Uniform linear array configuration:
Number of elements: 32
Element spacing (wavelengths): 0.25
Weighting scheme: cosine
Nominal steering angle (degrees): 60
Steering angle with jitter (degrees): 58.939
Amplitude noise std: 0.05
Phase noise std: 0.05

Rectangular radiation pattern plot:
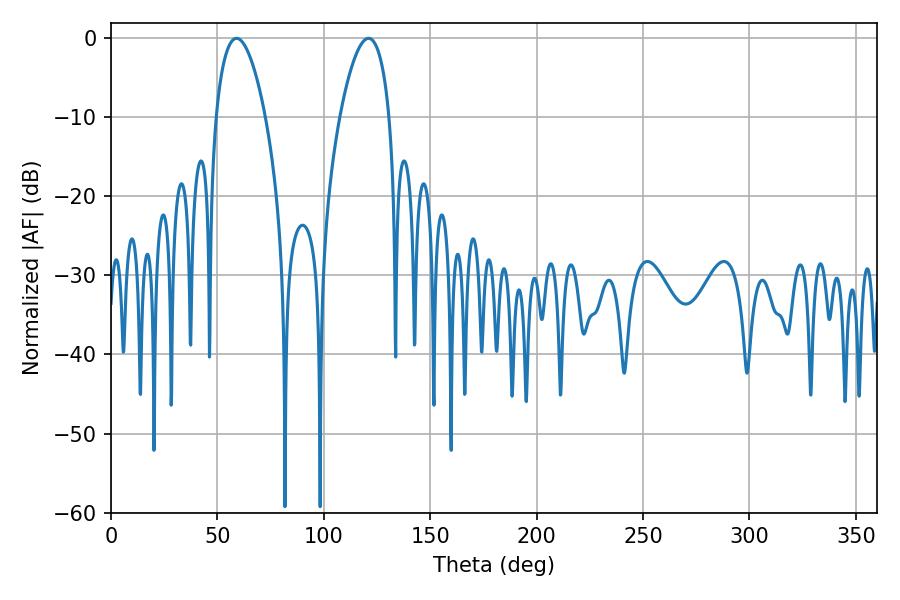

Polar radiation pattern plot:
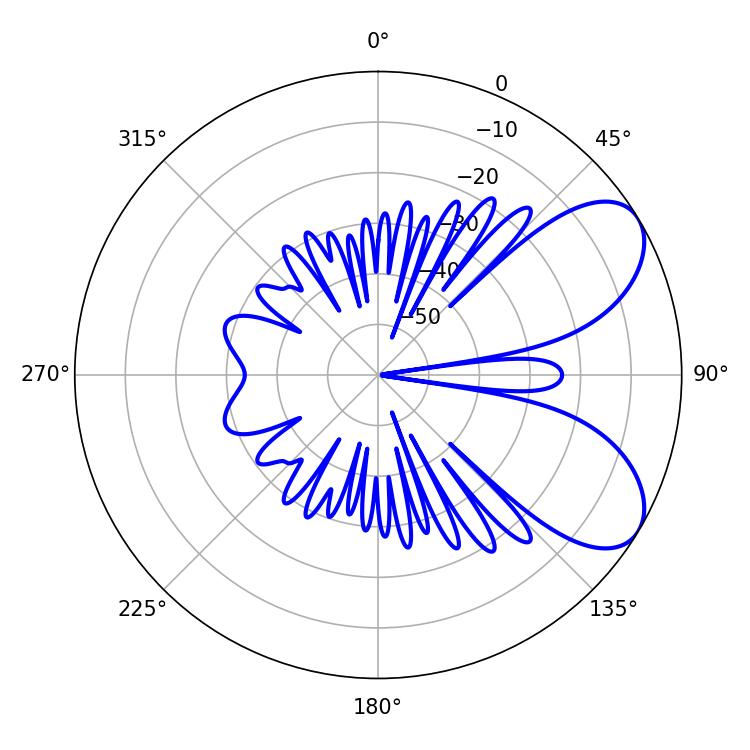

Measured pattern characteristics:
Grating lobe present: FALSE
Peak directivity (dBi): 6.803
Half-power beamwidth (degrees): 12.96
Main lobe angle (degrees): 59.04